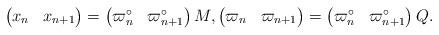
LaTeX: \begin{align*}\begin{pmatrix}x_n&x_{n+1}\end{pmatrix}=\begin{pmatrix}\varpi_n^\circ&\varpi_{n+1}^\circ\end{pmatrix}M,\begin{pmatrix}\varpi_n&\varpi_{n+1}\end{pmatrix}=\begin{pmatrix}\varpi_n^\circ&\varpi_{n+1}^\circ\end{pmatrix}Q.\end{align*}